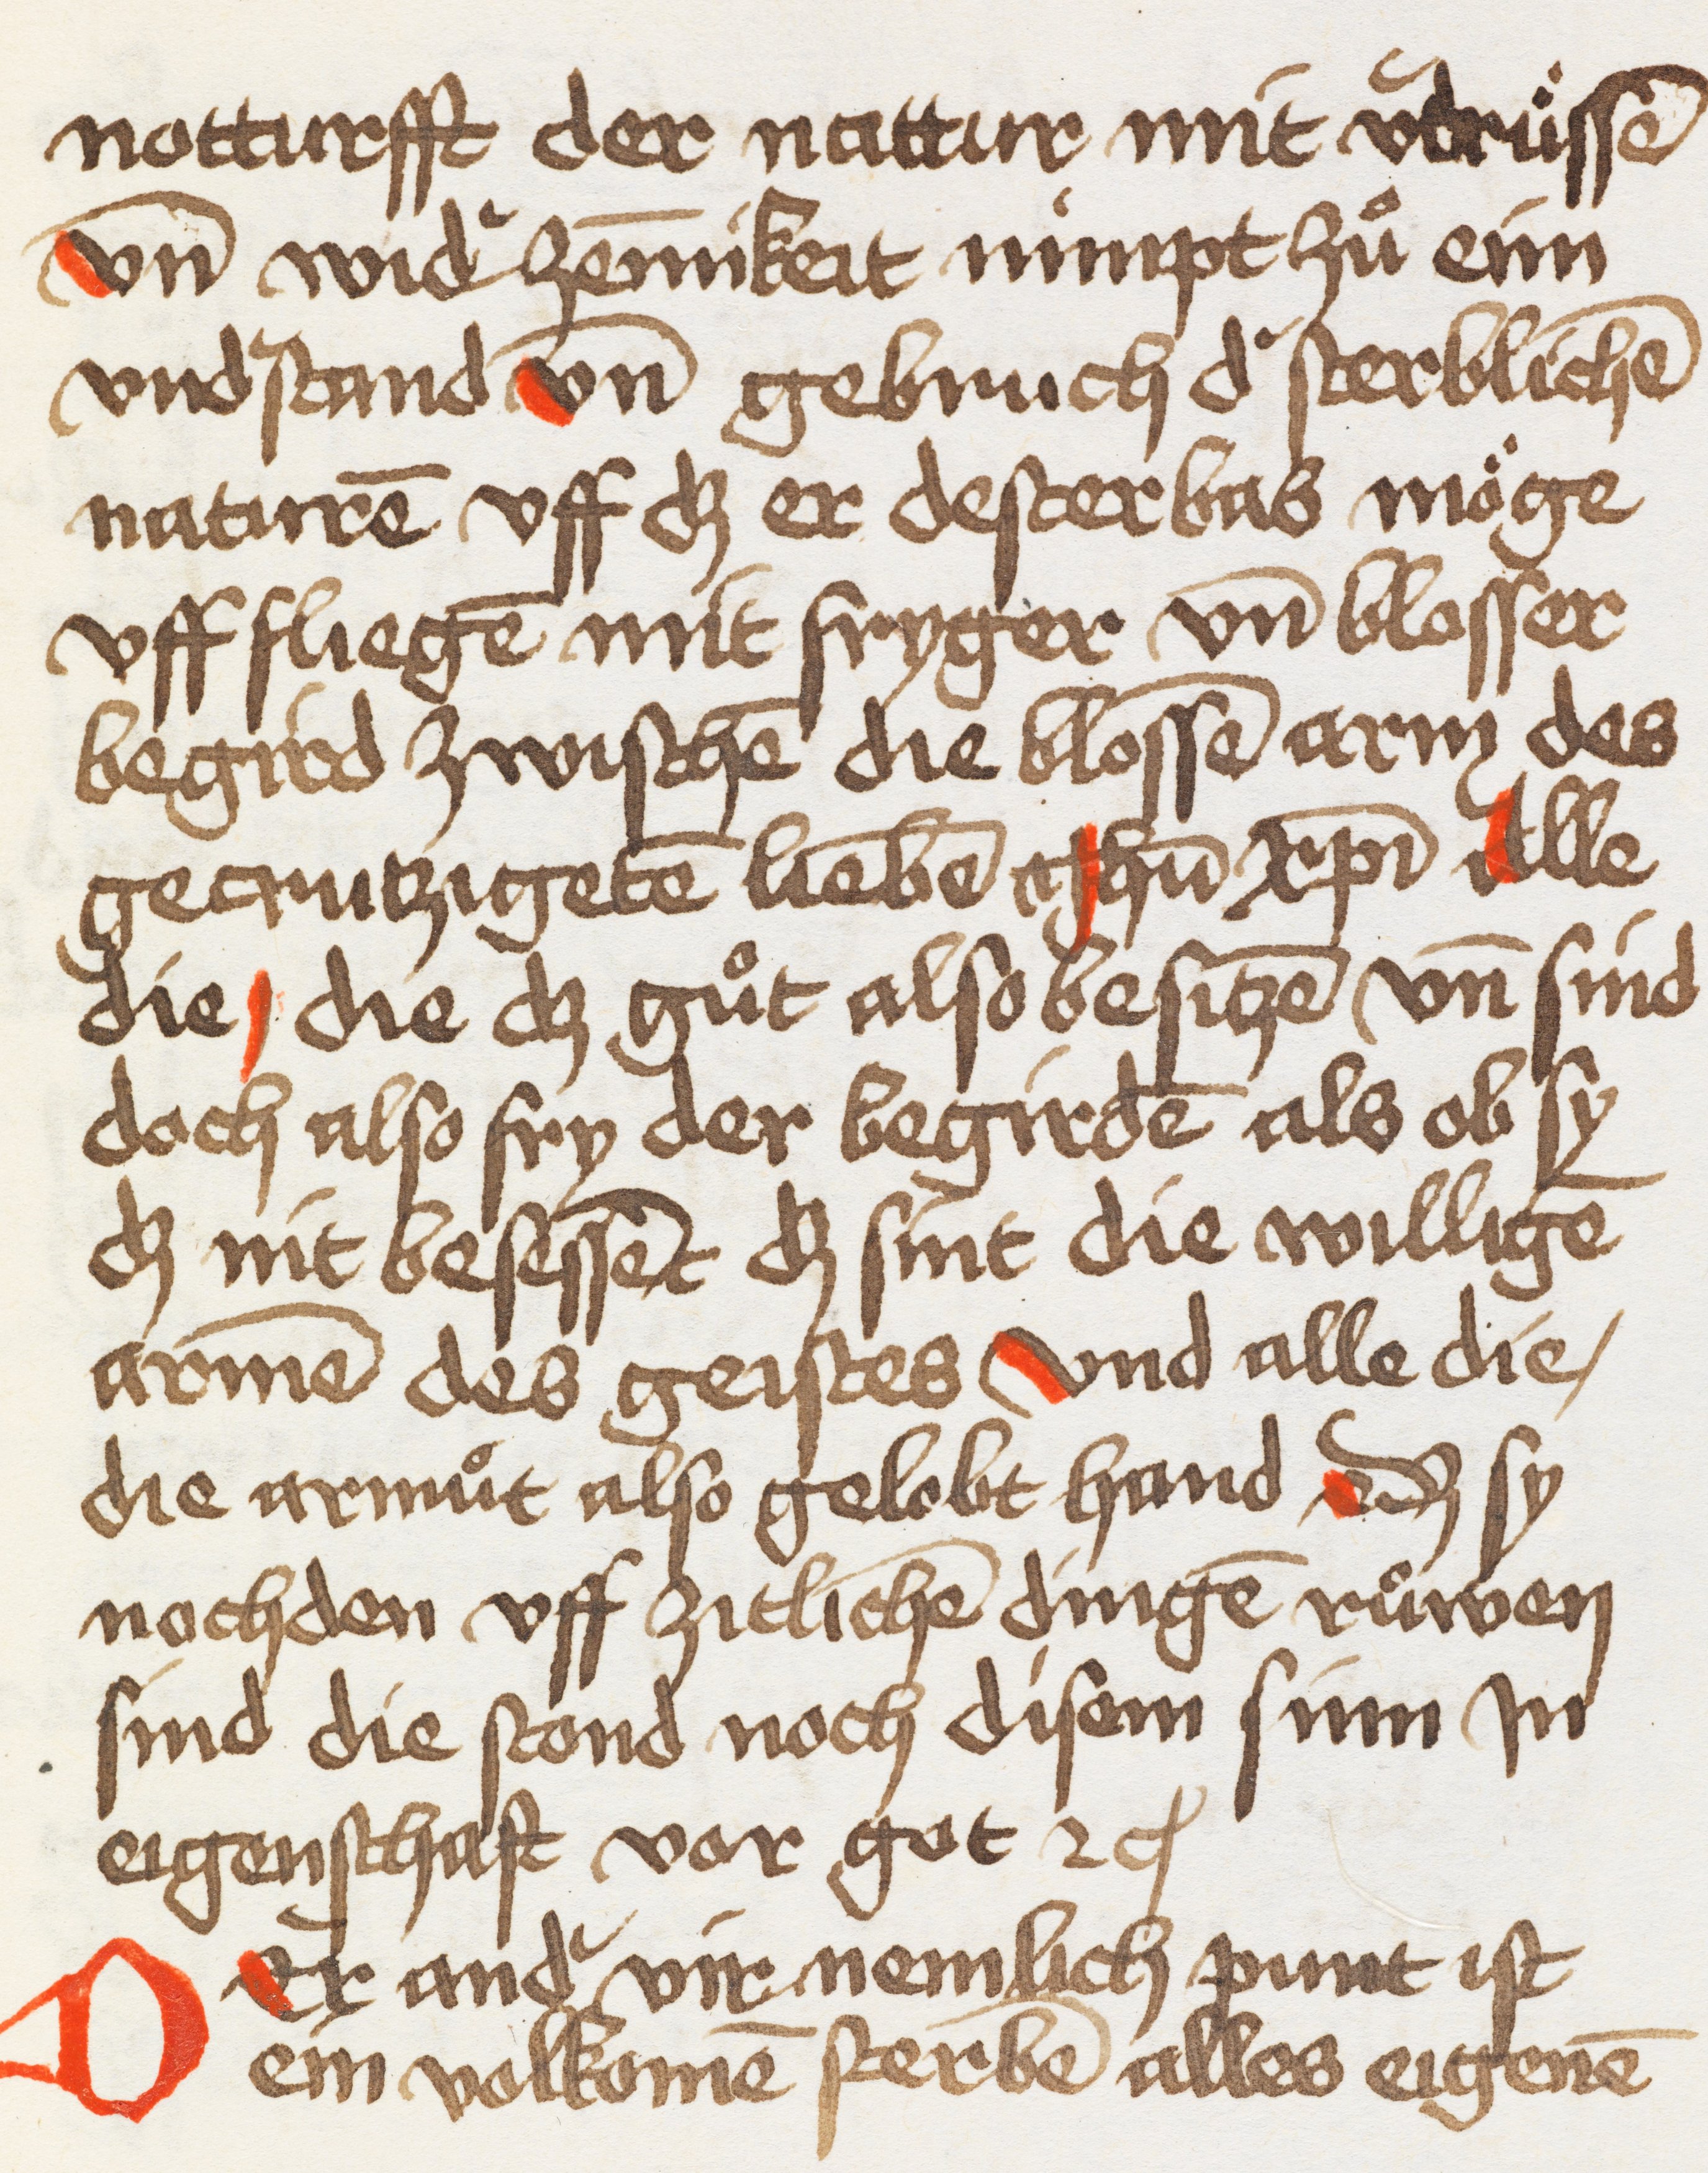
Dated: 1400–1499